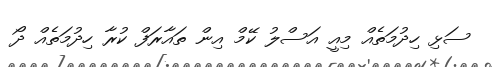
ސަޅި ހިދުމަތެއް މިއީ އަސްލު ކޭމް އިން ތައާރަފް ކުރާ ހިދުމަތެއް ދޯ